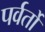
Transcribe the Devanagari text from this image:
पर्वर्तो